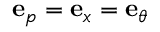
\mathbf { e } _ { p } = \mathbf { e } _ { x } = \mathbf { e } _ { \theta }